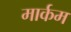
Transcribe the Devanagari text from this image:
मार्कम